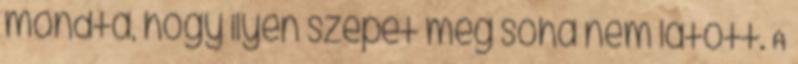
mondta, hogy ilyen szépet még soha nem látott. A